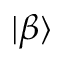
| \beta \rangle